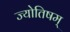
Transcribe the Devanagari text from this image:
ज्योतिषम्